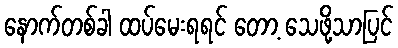
နောက်တစ်ခါ ထပ်မေးရရင် တော့ သေဖို့သာပြင်